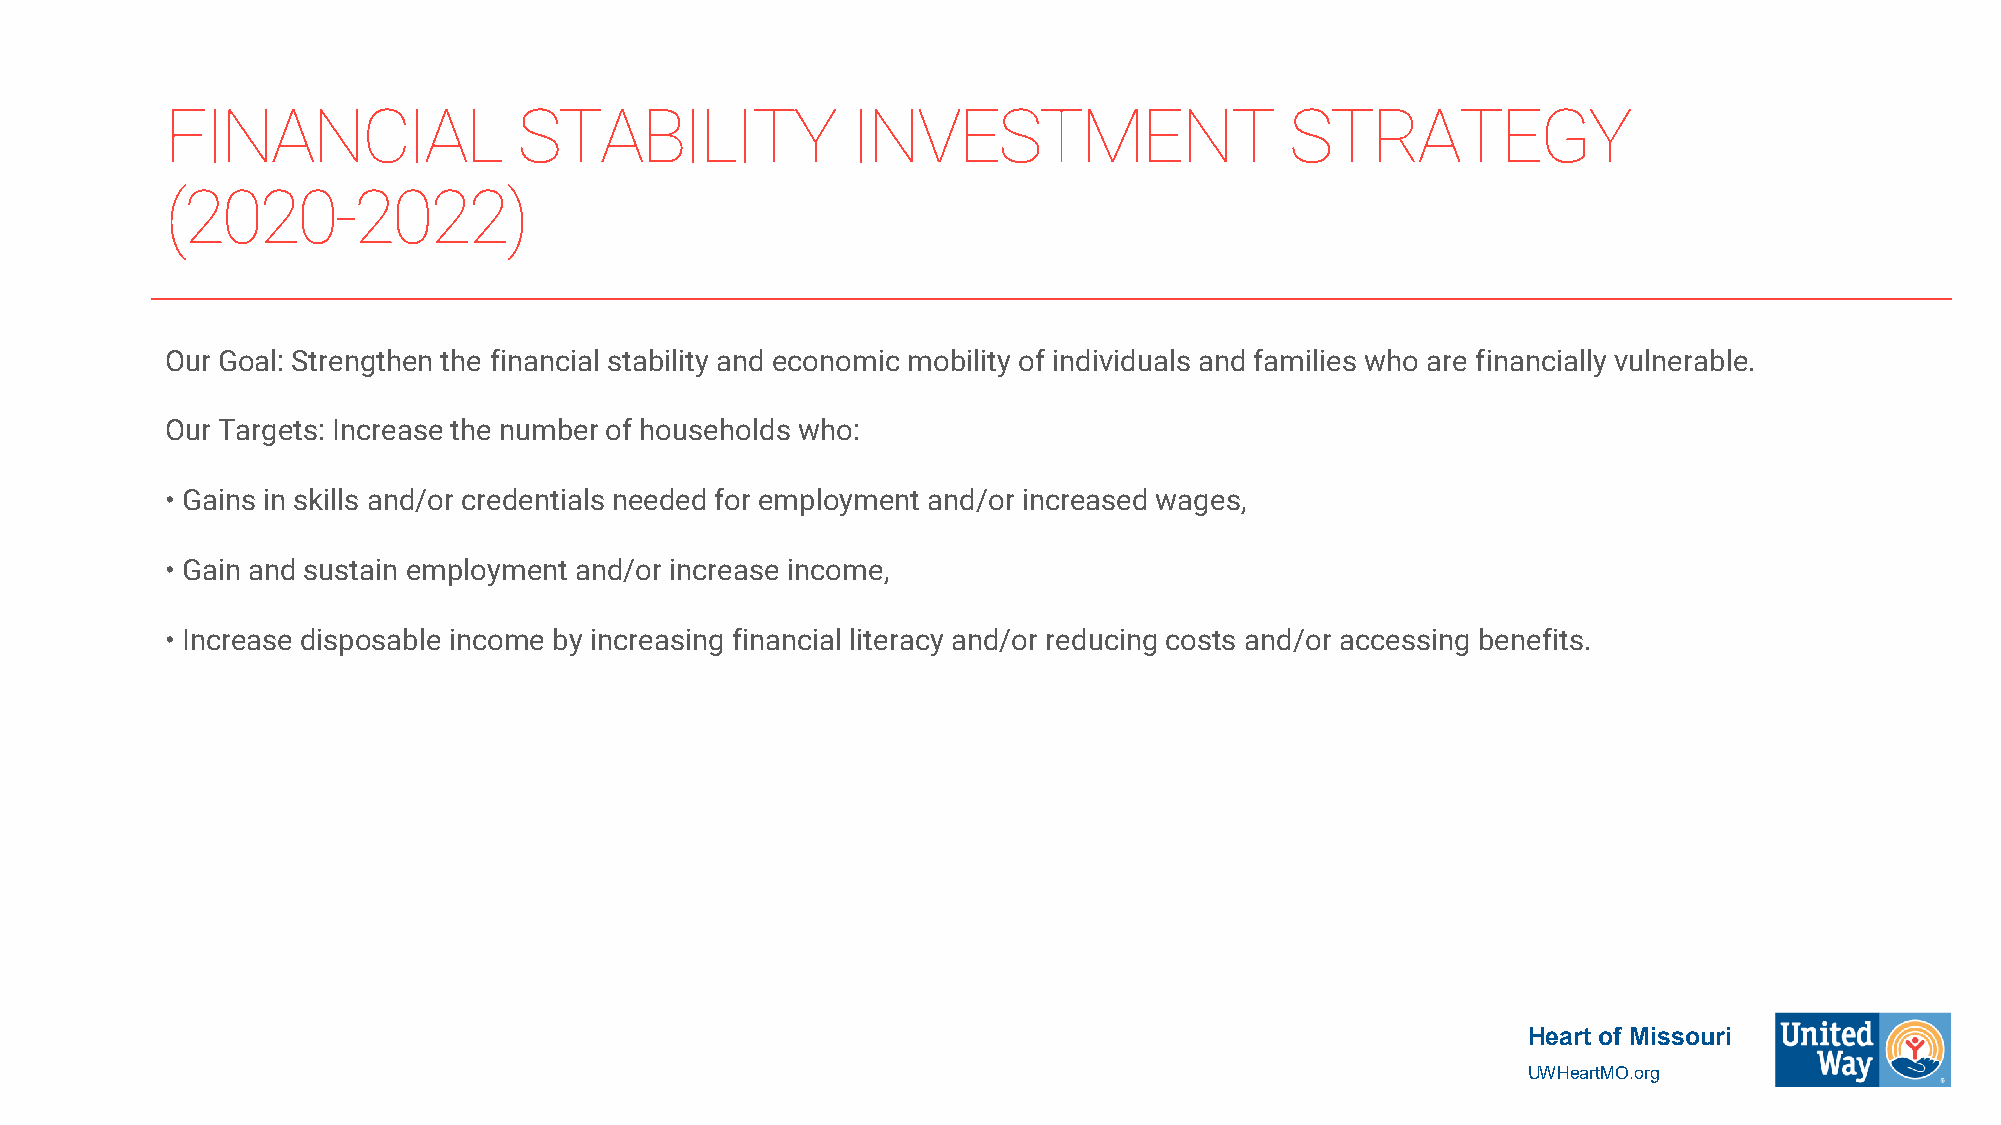
FINANCIAL              STABILITY             INVESTMENT                   STRATEGY
 (2020-2022)
 Our Goal: Strengthen the financial stability and economic mobility of individuals and families who are financially vulnerable.
 Our Targets: Increase the number of households who:
 • Gains in skills and/or credentials needed for employment and/or increased wages,
 • Gain and sustain employment and/or increase income,
 • Increase disposable income by increasing financial literacy and/or reducing costs and/or accessing benefits.
 Heart of Missouri
 UWHeartMO.org